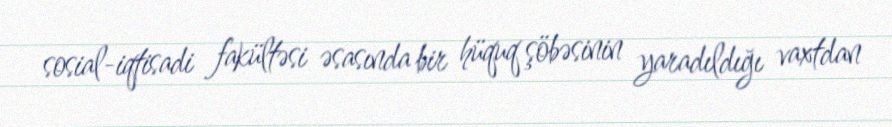
sosial-iqtisadi fakültəsi əsasında bir hüquq şöbəsinin yaradıldığı vaxtdan